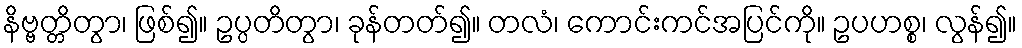
နိဗ္ဗတ္တိတွာ၊ ဖြစ်၍။ ဥပ္ပတိတွာ၊ ခုန်တတ်၍။ တလံ၊ ကောင်းကင်အပြင်ကို။ ဥပဟစ္စ၊ လွန်၍။